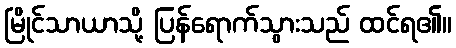
မြိုင်သာယာသို့ ပြန်ရောက်သွားသည် ထင်ရ၏။